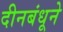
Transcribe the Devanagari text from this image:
दीनबंधूने